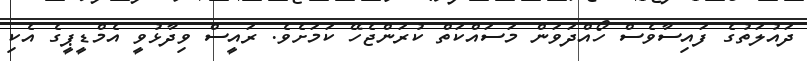
ދައުލަތުގެ ފައިސާވެސް ހޯއްދަވަން މަސައްކަތް ކުރަންޖެހޭ ކަމަށެވެ. ރައީސް ވިދާޅުވީ އެމްޑީޕީގެ އެކި